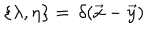
\{ \lambda , \eta \} = \, \delta ( \vec { x } - \vec { y } )